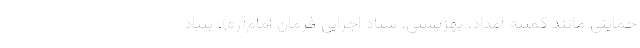
حمایتی مانند کمیته امداد، بهزیستی، ستاد اجرایی فرمان امام(ره)، بنیاد